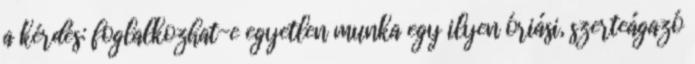
a kérdés: foglalkozhat-e egyetlen munka egy ilyen óriási, szerteágazó